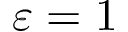
\varepsilon = 1